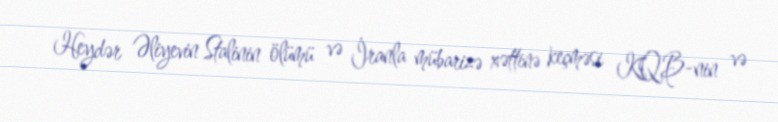
Heydər Əliyevin Stalinin ölümü və İranla mübarizə xəttinə keçməsi KQB-nin və